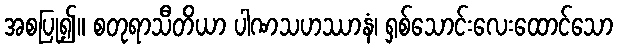
အစပြု၍။ စတုရာသီတိယာ ပါဏသဟဿာနံ၊ ရှစ်သောင်းလေးထောင်သော